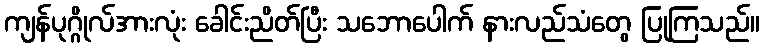
ကျန်ပုဂ္ဂိုလ်အားလုံး ခေါင်းညိတ်ပြီး သဘောပေါက် နားလည်သံတွေ ပြုကြသည်။